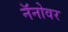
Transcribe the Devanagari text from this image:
नॅनोवर